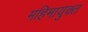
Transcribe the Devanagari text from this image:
महिमायुक्त